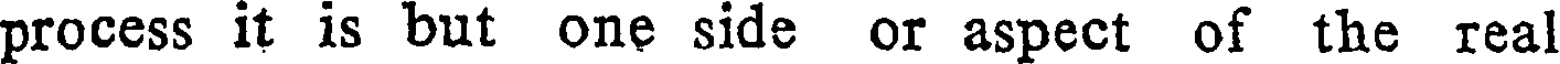
process it is but one side or aspect of the real